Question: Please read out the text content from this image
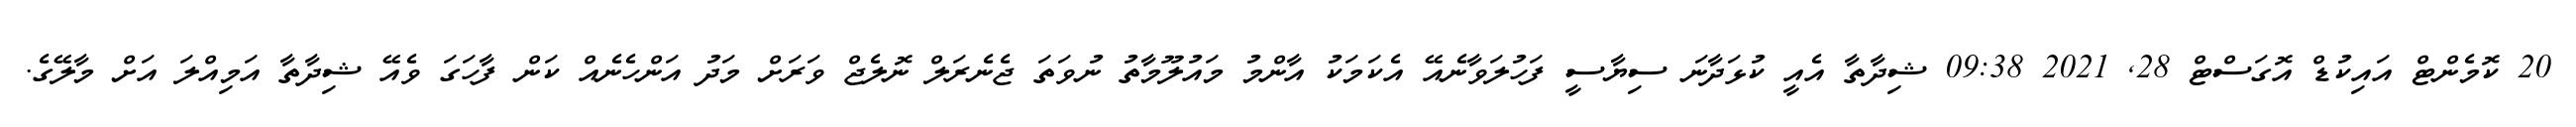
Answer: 20 ކޮމެންޓް އައިކުޑް އޮގަސްޓް 28, 2021 09:38 ޝިދާތާ އެއީ ކުޅަދާނަ ސިޔާސީ ފަހުލަވާނެއޭ އެކަމަކު އާންމު މައުލޫމާތު ނުވަތަ ޖެނެރަލް ނޮލެޖް ވަރަށް މަދު އަންހެނެއް ކަން ފާހަގަ ވެއޭ ޝިދާތާ އަމިއްލަ އަށް މާލޭގެ.